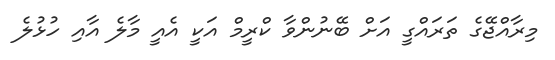
މިރާއްޖޭގެ ތަރައްގީ އަށް ބޭނުންވާ ކްރީމް އަކީ އެއީ މާލެ އާއި ހުޅުލެ